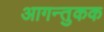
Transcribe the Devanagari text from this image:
आगन्तुकक